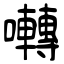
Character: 囀